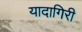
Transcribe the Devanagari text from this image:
यादागिरी